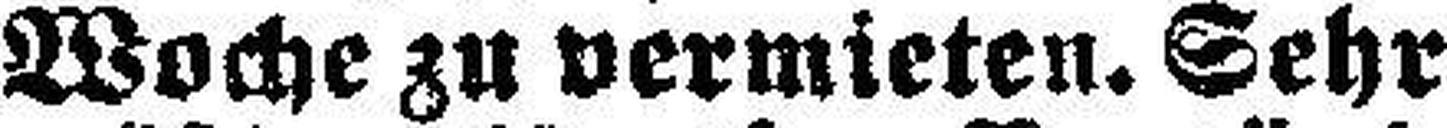
Woche zu vermieten. Sehr